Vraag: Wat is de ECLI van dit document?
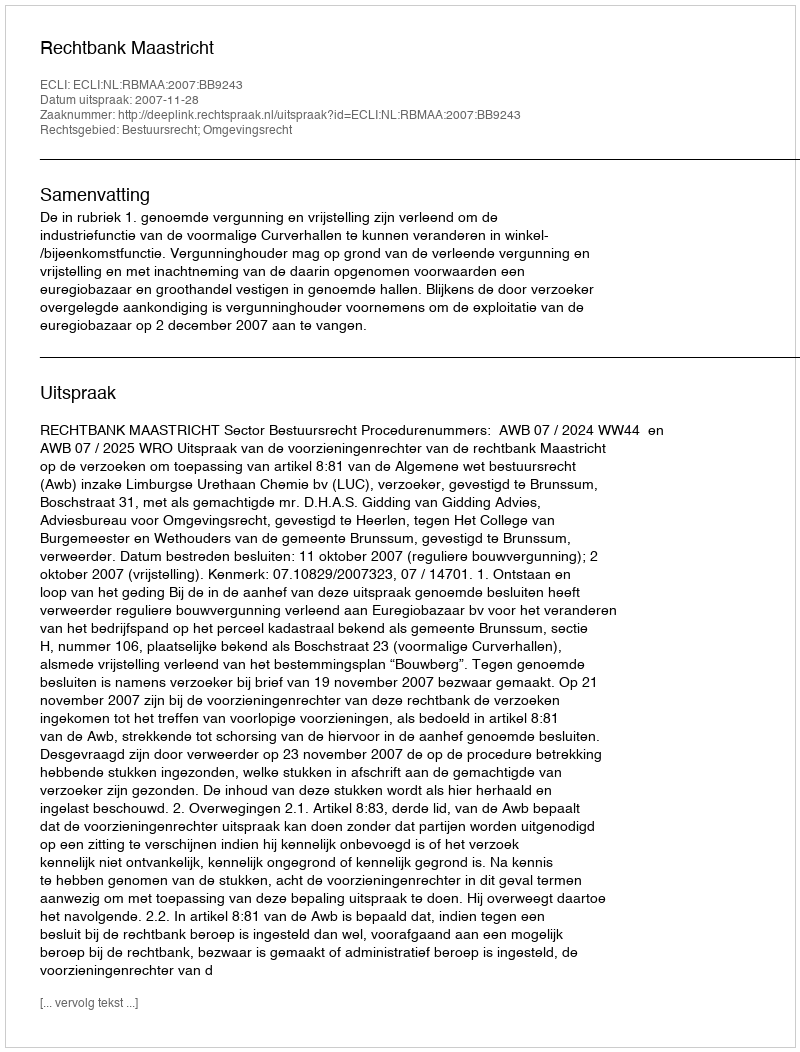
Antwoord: ECLI:NL:RBMAA:2007:BB9243